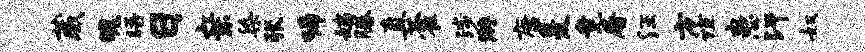
葳魄晤日亲染张唏姨腾直藿涉游康爰竟屠汪方谊患汗奴